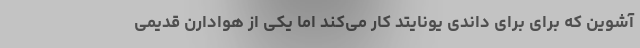
آشوین که برای برای داندی یونایتد کار می‌کند اما یکی از هوادارن قدیمی